Scottish Leaving Certificate Examination, 1961
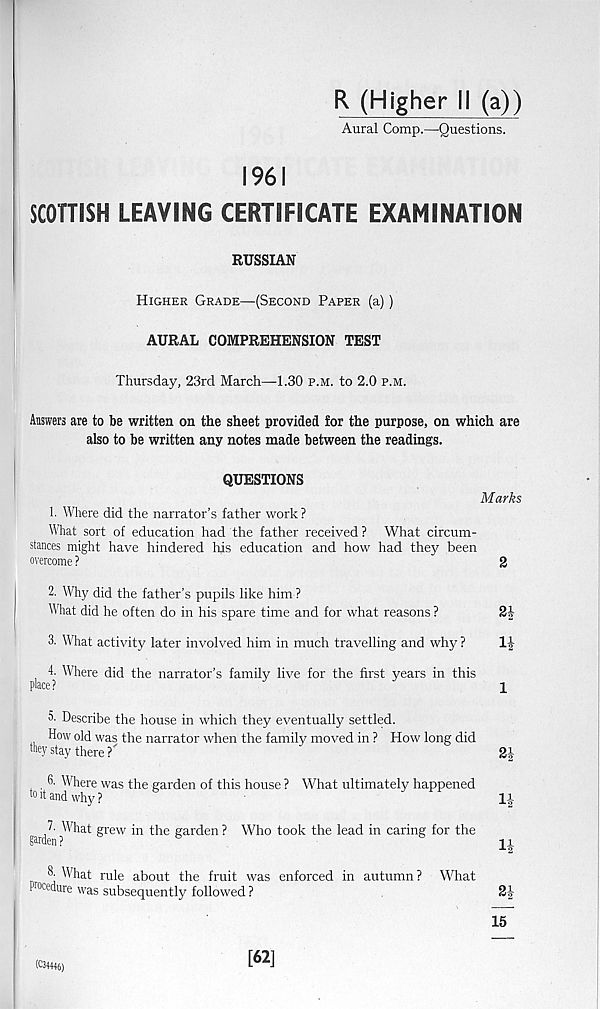
R (Higher 11 (a))
Aural Comp.—Questions.
1961
SCOTTISH LEAVING CERTIFICATE EXAMINATION
RUSSIAN
Higher Grade—(Second Paper (a))
AURAL COMPREHENSION TEST
Thursday, 23rd March—1.30 p.m. to 2.0 p.m.
Answers are to be written on the sheet provided for the purpose, on which are
also to be written any notes made between the readings.
QUESTIONS
1. Where did the narrator’s father work?
Marks
What sort of education had the father received ? What circum-
stances might have hindered his education and how had they been
overcome ?
2
2. Why did the father’s pupils like him ?
What did he often do in his spare time and for what reasons ?
3. What activity later involved him in much travelling and why ?
4. Where did the narrator’s family live for the first years in this
place?
1
5' Describe the house in which they eventually settled.
How old was the narrator when the family moved in ? How long did
they stay there Y
. Where was the garden of this house ? What ultimately happened
t0 it and why ?
IJ
gar/ ?^l
at S rew i n the garden ? Who took the lead in caring for the
^ What rule about the fruit was enforced in autumn? What
I 'ocedure was subsequently followed ?
2|-
15
K34446)
[62]